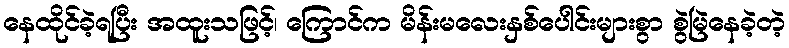
နေထိုင်ခဲ့ရပြီး အထူးသဖြင့်၊ ကြောင်က မိန်းမလေးနှစ်ပေါင်းများစွာ စွဲမြဲနေခဲ့တဲ့